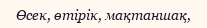
Өсек, өтірік, мақтаншақ,